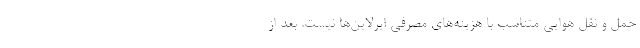
حمل و نقل هوایی متناسب با هزینه‌های مصرفی ایرلاین‌ها نیست. بعد از